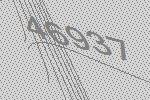
46937